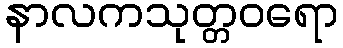
နာလကသုတ္တဝရော